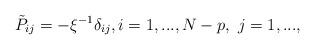
LaTeX: \begin{align*} \tilde P_{ij}=-\xi^{-1} \delta_{ij}, i=1,..., N-p, \ j=1, ...,\end{align*}